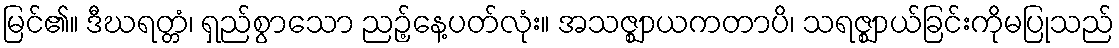
မြင်၏။ ဒီဃရတ္တံ၊ ရှည်စွာသော ညဉ့်နေ့ပတ်လုံး။ အသဇ္ဈာယကတာပိ၊ သရဇ္ဈာယ်ခြင်းကိုမပြုသည်